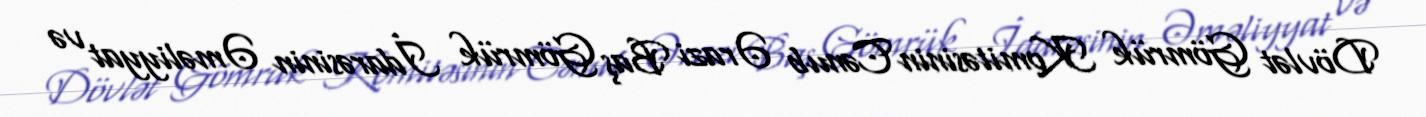
Dövlət Gömrük Komitəsinin Cənub Ərazi Baş Gömrük İdarəsinin Əməliyyat və